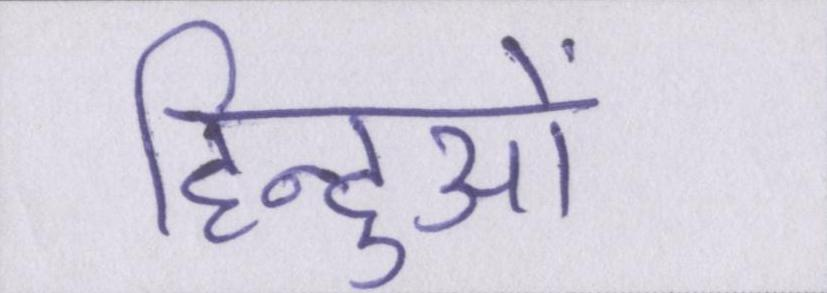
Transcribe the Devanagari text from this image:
हिन्दुओं